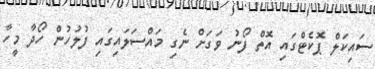
ސައިކަލް ޕޮކެޓްގައި އޮތް ފޯނު ވަގަށް ނެގި މައްސަލައިގައި ފުލުހުން ހޯދާ މީހާ